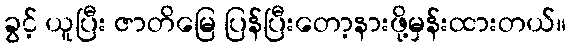
ခွင့် ယူပြီး ဇာတိမြေ ပြန်ပြီးတော့နားဖို့မှန်းထားတယ်။